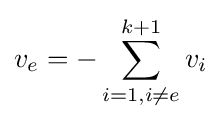
v_{e}=-\sum _{i=1,i\neq e}^{k+1}v_{i}